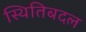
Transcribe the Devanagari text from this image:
स्थितिबदल